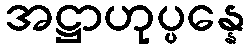
အဋ္ဌာဟုပ္ပန္နေ